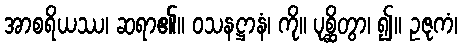
အာစရိယဿ၊ ဆရာ၏။ ဝသနဋ္ဌာနံ၊ ကို။ ပုစ္ဆိတွာ၊ ၍။ ဥဇုကံ၊